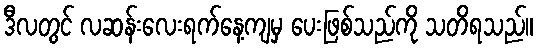
ဒီလတွင် လဆန်းလေးရက်နေ့ကျမှ ပေးဖြစ်သည်ကို သတိရသည်။